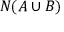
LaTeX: N ( A \cup B )